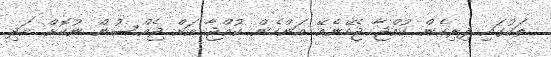
ތަކުގައި ފިރިހެން ކުއްޖާ ޖެހޭނެއޭ އަންހެން ކުއްޖާ އަށް ޖެއްސުން ނުކޮށް އަދި